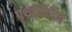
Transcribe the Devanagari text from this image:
पृथ्वीकेंद्रित